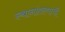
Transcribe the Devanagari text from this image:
स्थानांतरणाची